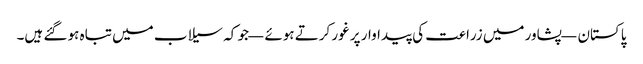
پاکستان — پشاور میں زراعت کی پیداوار پر غور کرتے ہوئے — جو کہ سیلاب میں تباہ ہو گئے ہیں۔